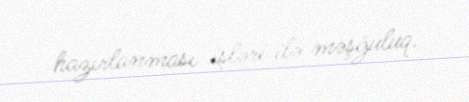
hazırlanması işləri ilə məşğuluq.